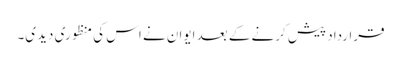
قرارداد پیش کرنے کے بعد ایوان نے اس کی منظوری دیدی۔